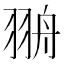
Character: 𦐩